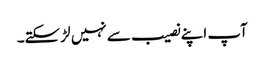
آپ اپنے نصیب سے نہیں لڑ سکتے۔